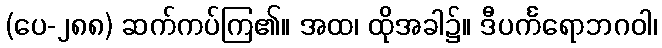
(ပေ-၂၈၈) ဆက်ကပ်ကြ၏။ အထ၊ ထိုအခါ၌။ ဒီပင်္ကရောဘဂဝါ၊